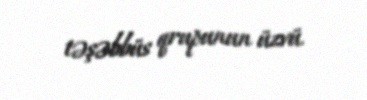
təşəbbüs qrupunun üzvü.